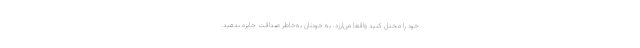
خود را مختل کنید واقعاً می‌ارزد. به خودتان به‌خاطر صداقت جایزه بدهید.